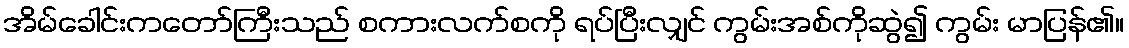
အိမ်ခေါင်းကတော်ကြီးသည် စကားလက်စကို ရပ်ပြီးလျှင် ကွမ်းအစ်ကိုဆွဲ၍ ကွမ်း မာပြန်၏။